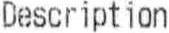
DESCRIPTION